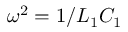
\omega ^ { 2 } = 1 / L _ { 1 } C _ { 1 }